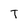
Character: T